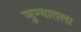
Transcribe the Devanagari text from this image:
जुन्यातला